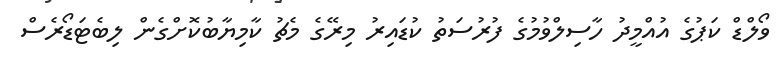
ވޯލްޑް ކަޕުގެ އުއްމީދު ހާސިލްވުމުގެ ފުރުސަތު ކުޑައިރު މިރޭގެ މެޗު ކާމިޔާބުކޮށްގެން ލިބެޓަޑޯރެސް